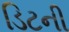
ડિટની